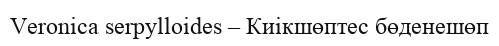
Veronica serpylloides – Киікшөптес бөденешөп